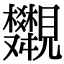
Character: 𧢣